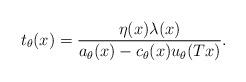
LaTeX: \begin{align*}t_\theta(x)=\frac{\eta(x)\lambda(x)}{a_\theta(x)-c_\theta(x)u_\theta(Tx)}.\end{align*}